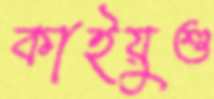
কাইয়ুশু